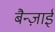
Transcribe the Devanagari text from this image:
बैन्ज़ाई